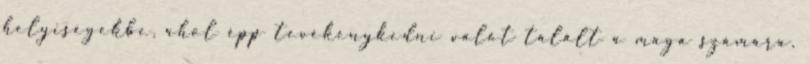
helyiségekbe, ahol épp tevékenykedni valót talált a maga számára.